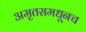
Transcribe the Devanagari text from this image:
अमृतसमधूनच